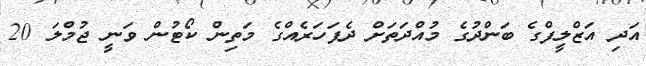
އަދި އަޒްލީފްގެ ބަންދުގެ މުއްދަތަށް ދެފަހަރެއްގެ މަތިން ކޯޓުން ވަނީ ޖުމްލަ 20